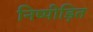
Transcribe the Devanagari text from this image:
निष्पीड़ित